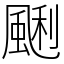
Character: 䬆